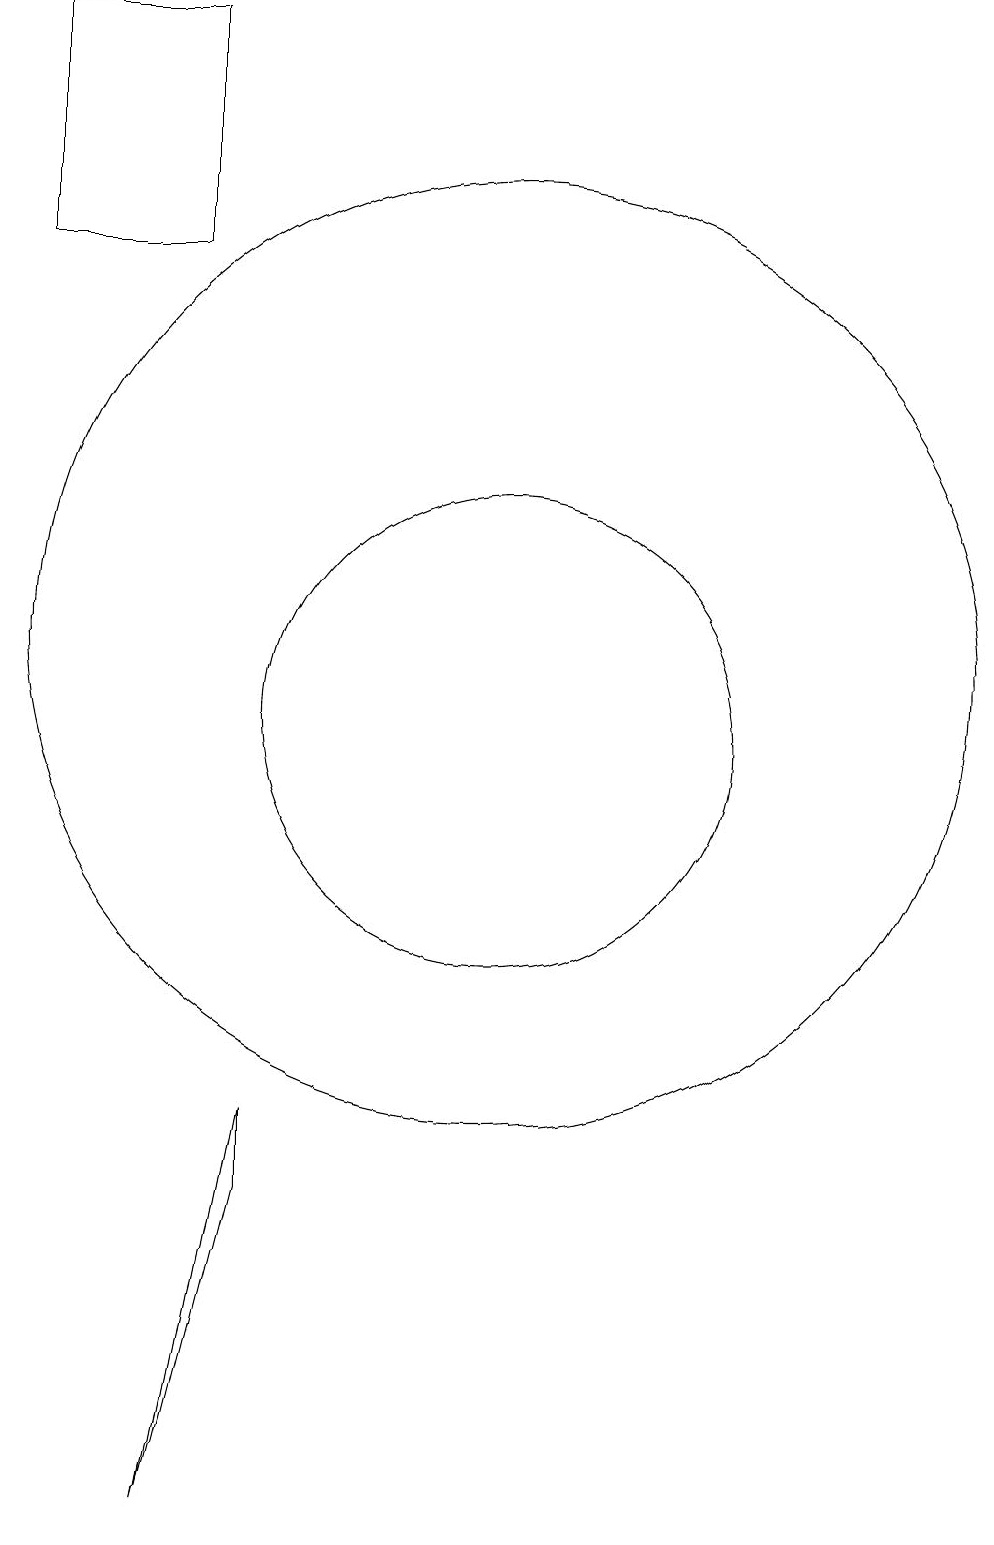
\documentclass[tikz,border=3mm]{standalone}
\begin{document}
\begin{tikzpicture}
\draw (7,16) rectangle (5,19);
\draw (7,0) -- (8,4) -- (8,5) -- cycle;
\draw (11,11) circle (6);
\draw (11,10) circle (3);
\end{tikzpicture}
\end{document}